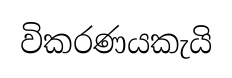
විකරණයකැයි